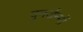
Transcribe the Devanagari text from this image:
पुनर्जन्मों